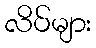
လိပ်များ